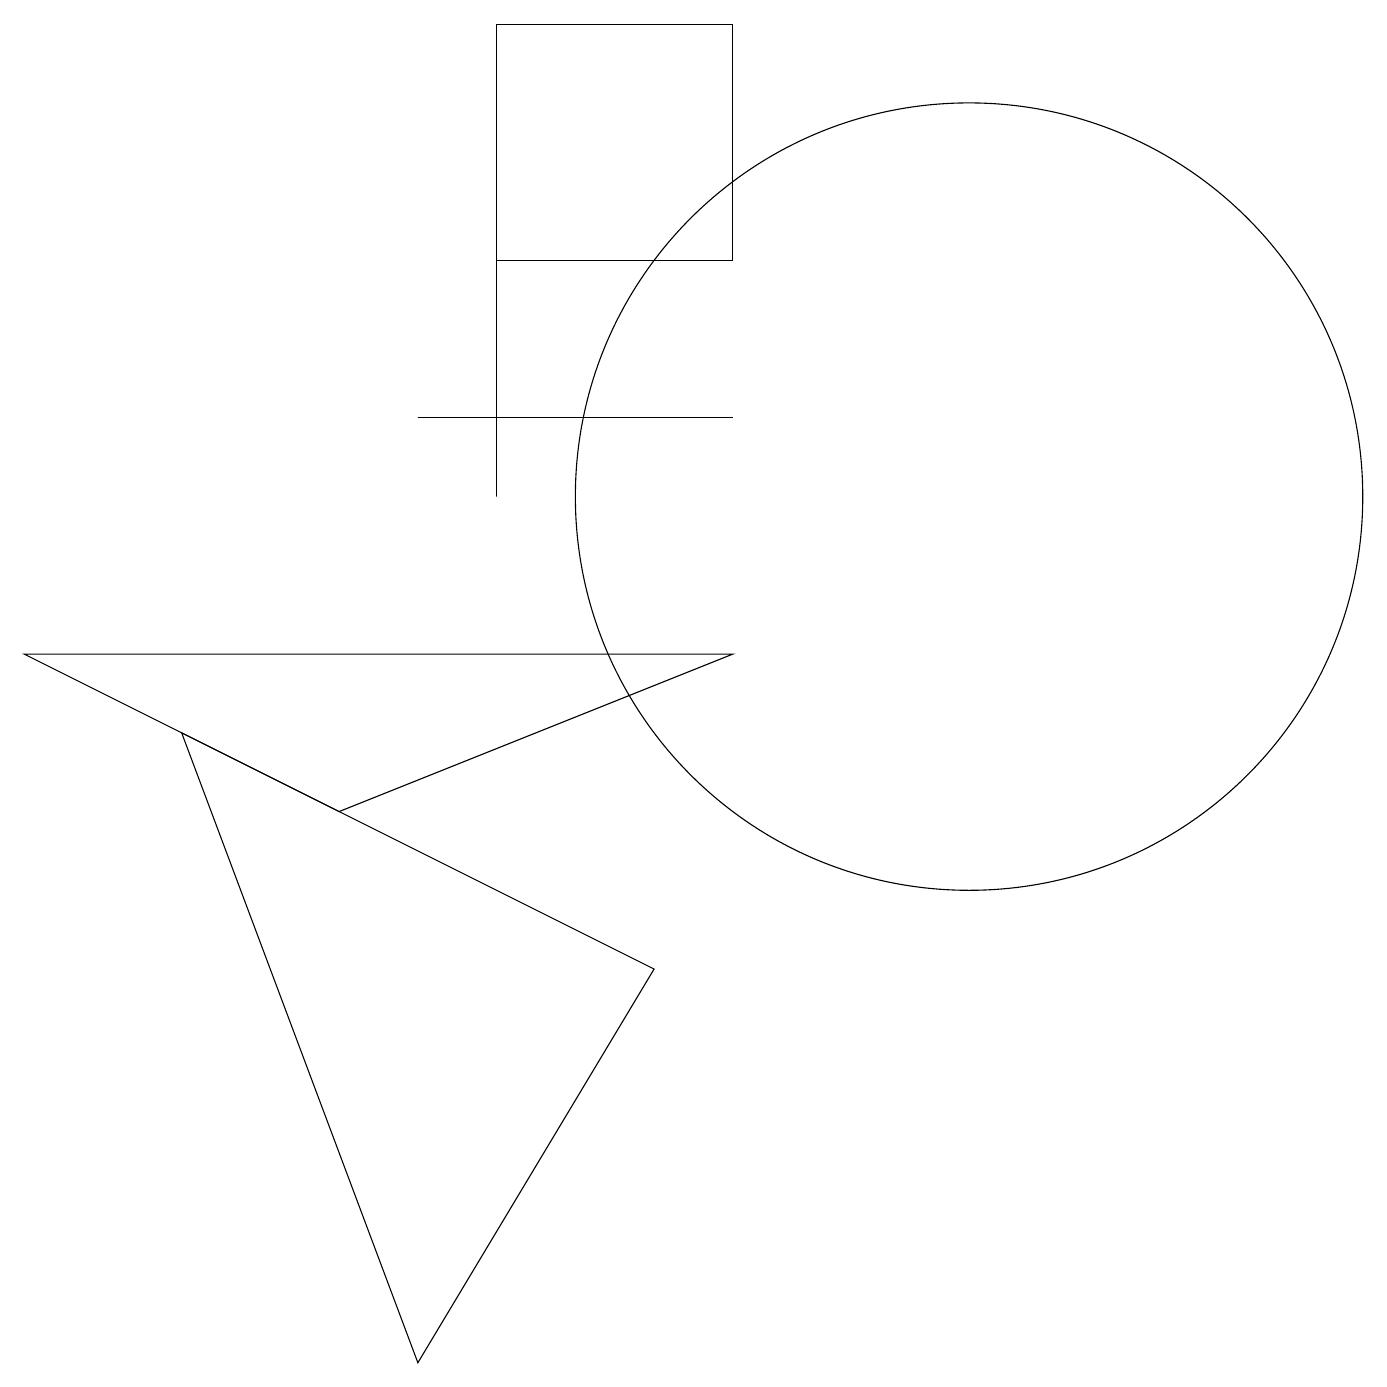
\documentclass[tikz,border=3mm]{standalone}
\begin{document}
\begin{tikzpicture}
\draw (5,12) rectangle (9,12);
\draw (4,7) -- (0,9) -- (9,9) -- cycle;
\draw (9,17) rectangle (6,14);
\draw (6,11) rectangle (6,15);
\draw (12,11) circle (5);
\draw (8,5) -- (5,0) -- (2,8) -- cycle;
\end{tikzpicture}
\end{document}